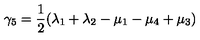
\gamma _ { 5 } = \frac { 1 } { 2 } ( \lambda _ { 1 } + \lambda _ { 2 } - \mu _ { 1 } - \mu _ { 4 } + \mu _ { 3 } )